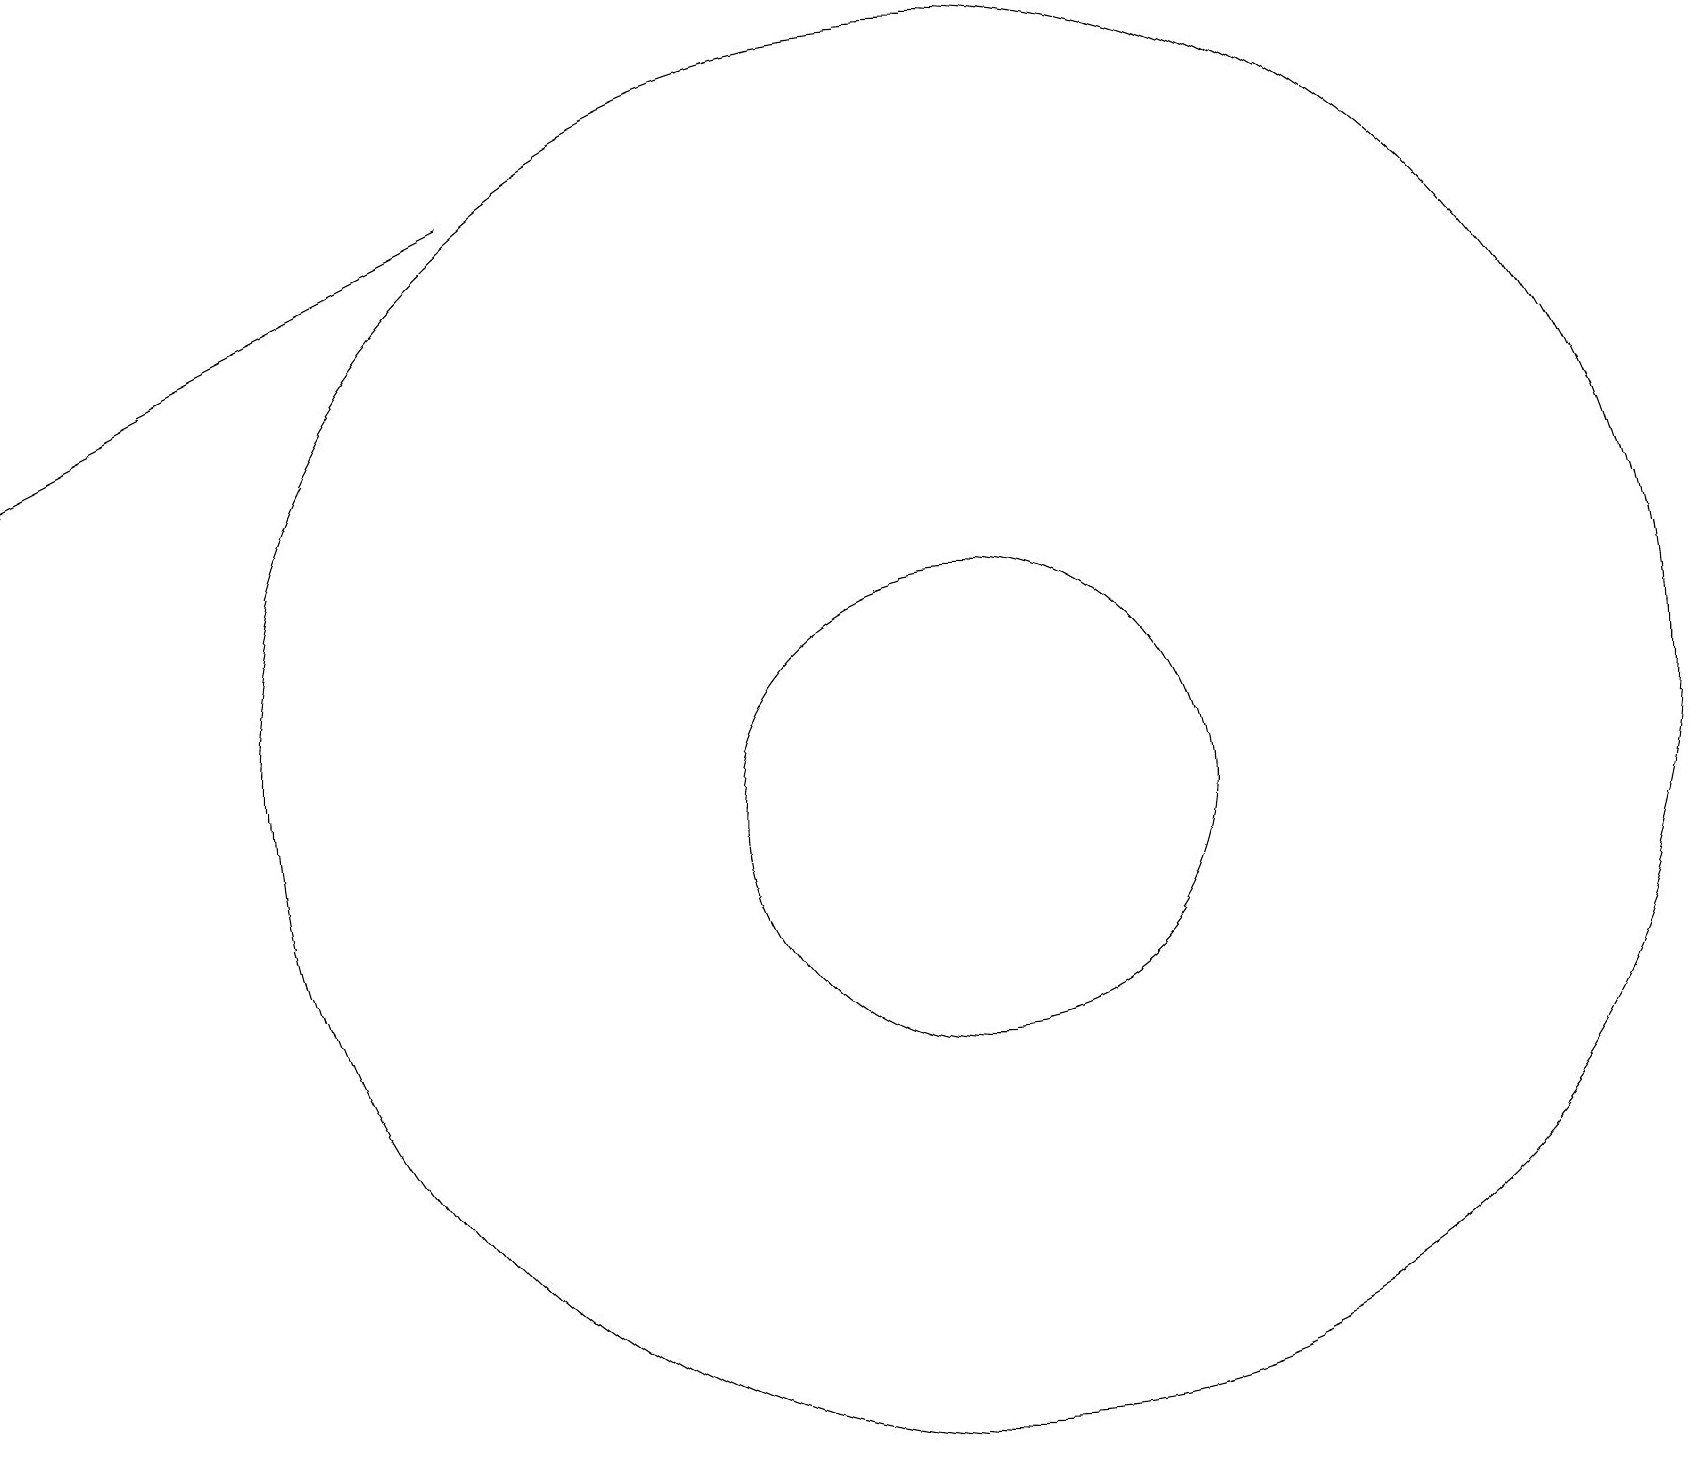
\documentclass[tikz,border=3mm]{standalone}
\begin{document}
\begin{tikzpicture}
\draw[->] (6,19) -- (0,16);
\draw (12,12) circle (9);
\draw (12,11) circle (3);
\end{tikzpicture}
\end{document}